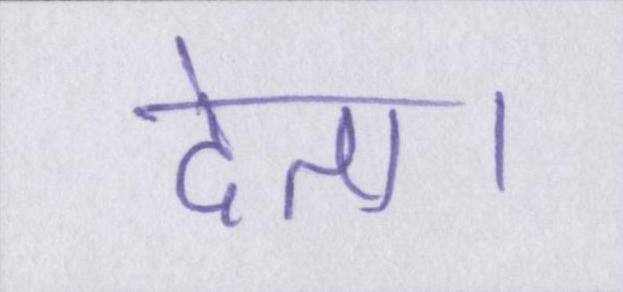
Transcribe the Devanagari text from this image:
देता।